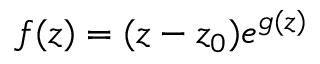
f ( z ) = ( z - z _ { 0 } ) e ^ { g ( z ) }